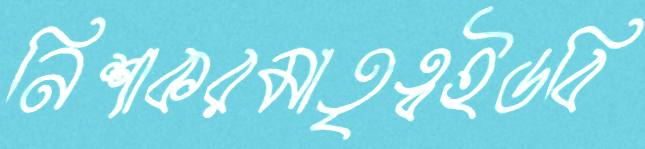
নিশাকরমাতৃত্বইডবি